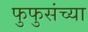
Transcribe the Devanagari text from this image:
फुफुसंच्या